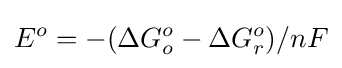
E^{o}=-(\Delta G_{o}^{o}-\Delta G_{r}^{o})/nF